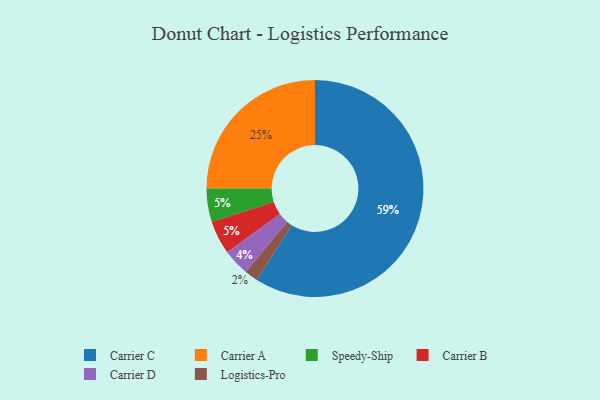
{"axis": {"x": "Category", "y": "Percentage"}, "legend": ["Carrier A", "Carrier B", "Carrier C", "Carrier D", "Logistics-Pro", "Speedy-Ship"], "data": [{"x": "Speedy-Ship", "y": 5, "type": "Speedy-Ship"}, {"x": "Carrier C", "y": 59, "type": "Carrier C"}, {"x": "Logistics-Pro", "y": 2, "type": "Logistics-Pro"}, {"x": "Carrier D", "y": 4, "type": "Carrier D"}, {"x": "Carrier A", "y": 25, "type": "Carrier A"}, {"x": "Carrier B", "y": 5, "type": "Carrier B"}]}